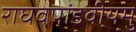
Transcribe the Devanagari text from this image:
राघवपांडवीयमु